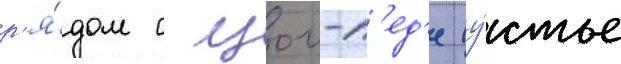
р'я́дом с цои-п'ед'е (у́стье